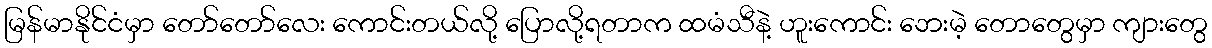
မြန်မာနိုင်ငံမှာ တော်တော်လေး ကောင်းတယ်လို့ ပြောလို့ရတာက ထမံသီနဲ့ ဟူးကောင်း ဘေးမဲ့ တောတွေမှာ ကျားတွေ